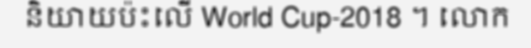
និយាយប៉ះលើ World Cup-2018 ។ លោក